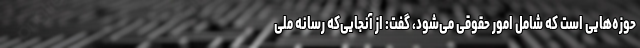
حوزه‌هایی است که شامل امور حقوقی می‌شود، گفت: از آنجایی‌که رسانه ملی